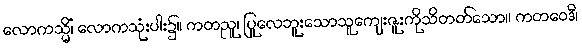
လောကသ္မိံ၊ လောကသုံးပါး၌။ ကတညူ၊ ပြုလေဘူးသောသူကျေးဇူးကိုသိတတ်သော။ ကတဝေဒီ၊